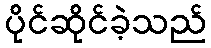
ပိုင်ဆိုင်ခဲ့သည်